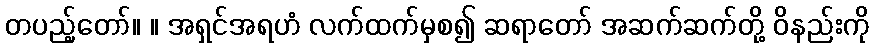
တပည့်တော်။ ။ အရှင်အရဟံ လက်ထက်မှစ၍ ဆရာတော် အဆက်ဆက်တို့ ဝိနည်းကို